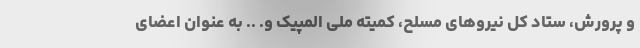
و پرورش، ستاد کل نیروهای مسلح، کمیته ملی المپیک و. .. به عنوان اعضای